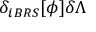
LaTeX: \delta _ { i B R S } [ \phi ] \delta \Lambda \protect